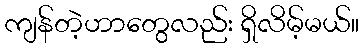
ကျန်တဲ့ဟာတွေလည်း ရှိလိမ့်မယ်။